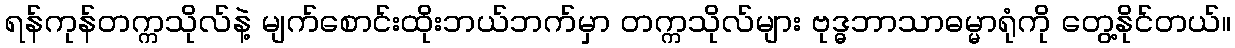
ရန်ကုန်တက္ကသိုလ်နဲ့ မျက်စောင်းထိုးဘယ်ဘက်မှာ တက္ကသိုလ်များ ဗုဒ္ဓဘာသာဓမ္မာရုံကို တွေ့နိုင်တယ်။